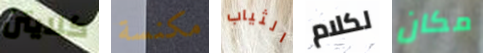
كلايتن مكنسة الثياب لكلام مكان